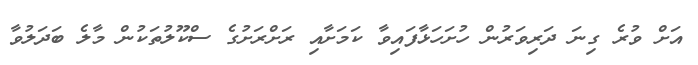
އަށް ވުރެ ގިނަ ދަރިވަރުން ހުށަހަޅާފައިވާ ކަމަށާއި ރަށްރަށުގެ ސްކޫލުތަކުން މާލެ ބަދަލުވާ